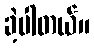
ခဲ့ပါတယ်။